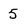
Character: 5